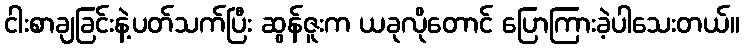
ငါးစာချခြင်းနဲ့ပတ်သက်ပြီး ဆွန်ဇူးက ယခုလိုတောင် ပြောကြားခဲ့ပါသေးတယ်။